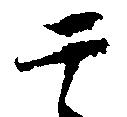
于